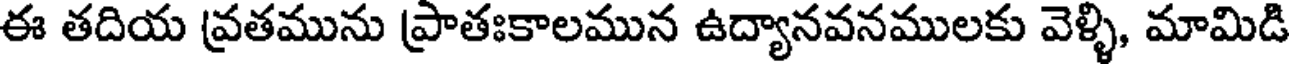
ఈ తదియ వ్రతమును ప్రాతఃకాలమున ఉద్యానవనములకు వెళ్ళి, మామిడి